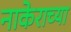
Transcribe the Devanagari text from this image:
नाकेराच्या